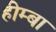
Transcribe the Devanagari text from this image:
हीम्बा